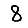
Digit: 8